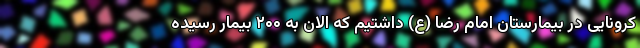
کرونایی در بیمارستان امام رضا (ع) داشتیم که الان به ۲۰۰ بیمار رسیده